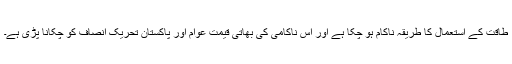
طاقت کے استعمال کا طریقہ ناکام ہو چکا ہے اور اس ناکامی کی بھاتی قیمت عوام اور پاکستان تحریک انصاف کو چکانا پڑی ہے۔